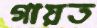
গায়ত